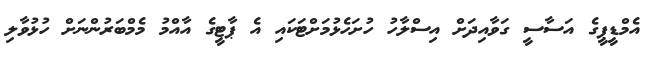
އެމްޑީޕީގެ އަސާސީ ގަވާއިދަށް އިސްލާހު ހުށަހެޅުމަށްޓަކައި އެ ޕާޓީގެ އާއްމު މެމްބަރުންނަށް ހުޅުވާލި